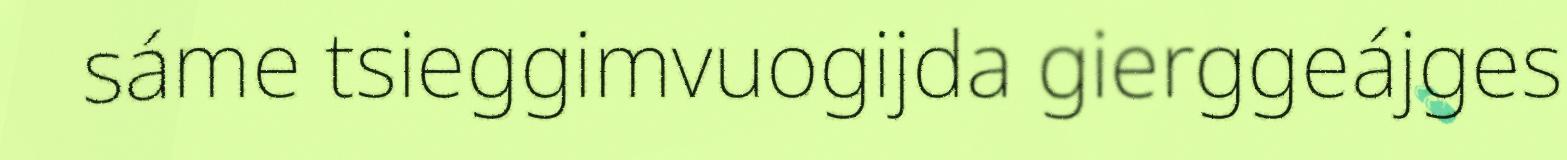
sáme tsieggimvuogijda gierggeájges